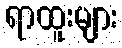
ရာထူးများ